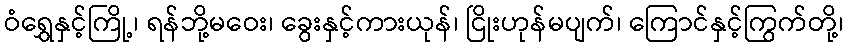
ဝံရွှေနှင့်ကြို့၊ ရန်ဘို့မဝေး၊ ခွေးနှင့်ကားယုန်၊ ငြိုးဟုန်မပျက်၊ ကြောင်နှင့်ကြွက်တို့၊